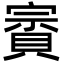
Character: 賨